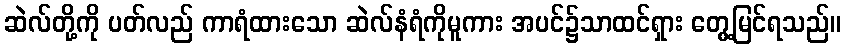
ဆဲလ်တို့ကို ပတ်လည် ကာရံထားသော ဆဲလ်နံရံကိုမူကား အပင်၌သာထင်ရှား တွေ့မြင်ရသည်။